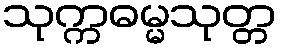
သုက္ကဓမ္မသုတ္တ